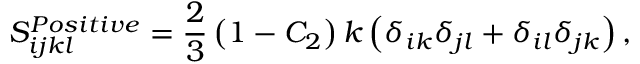
S _ { i j k l } ^ { P o s i t i v e } = \frac { 2 } { 3 } \left( 1 - C _ { 2 } \right) k \left( \delta _ { i k } \delta _ { j l } + \delta _ { i l } \delta _ { j k } \right) ,